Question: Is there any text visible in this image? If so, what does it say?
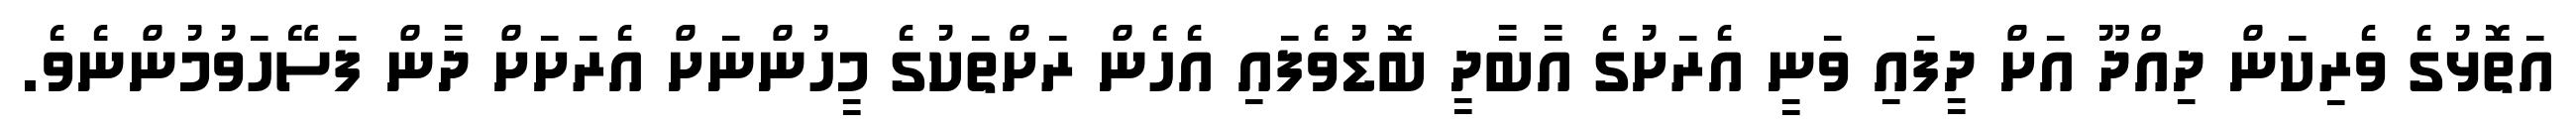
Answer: އަތޮޅުގެ ވެރިކަން ދިއްދޫ އަށް ދީފައި ވަނީ އެރަށުގެ އާބާދީ ބޮޑުވެފައި އެހެން ރަށްތަކުގެ މީހުންނަށް އެރަށަށް ދާން ފަސޭހަވުމުންނެވެ.